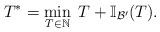
LaTeX: \begin{align*}T ^* = \min_{T \in \mathbb{N}} \; T + \mathbb{I}_{\mathcal{B}'} (T) .\end{align*}